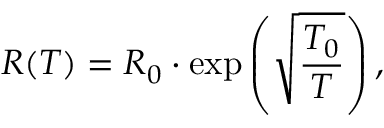
R ( T ) = R _ { 0 } \cdot \exp \left( \sqrt { \frac { T _ { 0 } } { T } } \right) ,